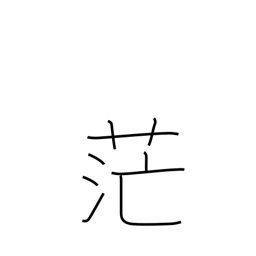
Meaning: extensive